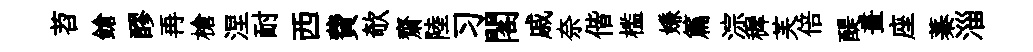
苕鎗醪再槍涅耐西費欹齋陸习閣戚奈偕槛嫌篇淙穉芙倍醍畫座蓁淄